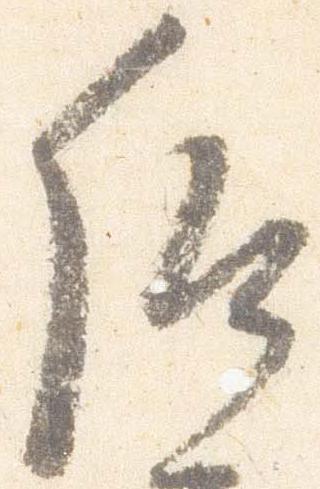
后